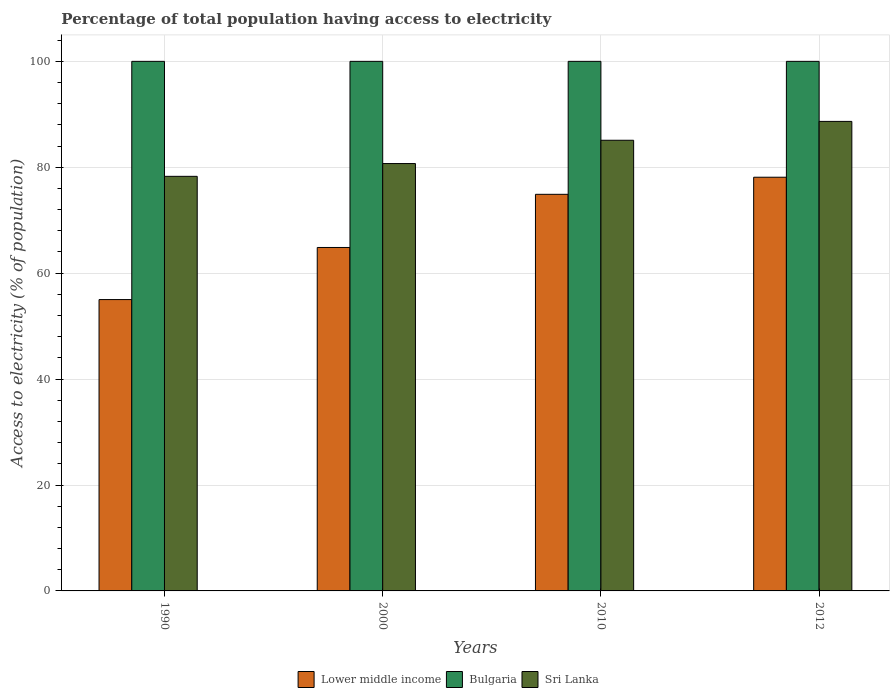
| Years | Lower middle income | Bulgaria | Sri Lanka |
 | --- | --- | --- | --- |
 | 1990 | 55 | 100 | 78.3 |
 | 2000 | 64.9 | 100 | 80.7 |
 | 2010 | 74.9 | 100 | 85.1 |
 | 2012 | 78.1 | 100 | 88.7 |